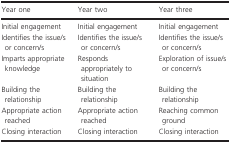
<table><thead><tr><td><b>Year one</b></td><td><b>Year two</b></td><td><b>Year three</b></td></tr></thead><tbody><tr><td>Initial engagement</td><td>Initial engagement</td><td>Initial engagement</td></tr><tr><td>Identifies the issue/s or concern/s</td><td>Identifies the issue/s or concern/s</td><td>Identifies the issue/s or concern/s</td></tr><tr><td>Imparts appropriate knowledge</td><td>Responds appropriately to situation</td><td>Exploration of issue/s or concern/s</td></tr><tr><td>Building the relationship</td><td>Building the relationship</td><td>Building the relationship</td></tr><tr><td>Appropriate action reached</td><td>Appropriate action reached</td><td>Reaching common ground</td></tr><tr><td>Closing interaction</td><td>Closing interaction</td><td>Closing interaction</td></tr></tbody></table>